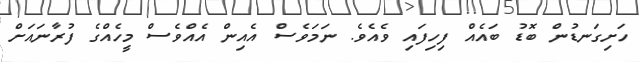
ހަށިގަނޑުން ބޮޑު ބައެއް ފިހިފައި ވެއެވެ. ނަމަވެސް އެއިން އެއްވެސް މީހެއްގެ ފުރާނައަށް